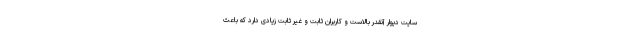
سایت دیوار آنقدر بالاست و کاربران ثابت و غیر ثابت زیادی دارد که باعث